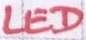
Text: LED